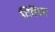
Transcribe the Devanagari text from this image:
दिवैना